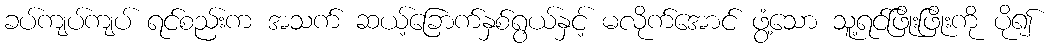
ခပ်ကျပ်ကျပ် ရင်စည်းက အသက် ဆယ့်ခြောက်နှစ်ရွယ်နှင့် မလိုက်အောင် ဖွံ့သော သူ့ရင်ဖြိုးဖြိုးကို ပို၍